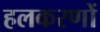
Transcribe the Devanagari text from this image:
हलकरणों